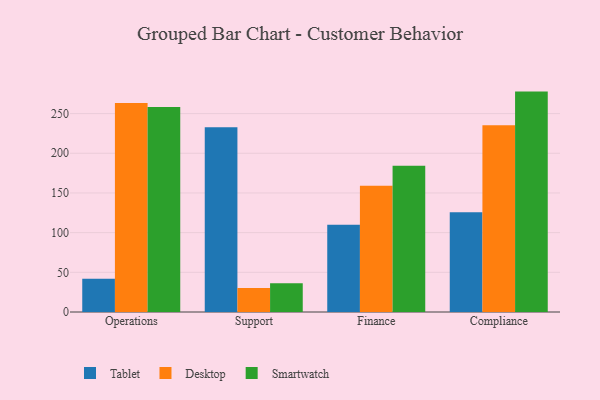
{"axis": {"x": "Department", "y": "Operating Costs (USD K)"}, "legend": ["Desktop", "Smartwatch", "Tablet"], "data": [{"x": "Operations", "y": 41.9, "type": "Tablet"}, {"x": "Operations", "y": 263.3, "type": "Desktop"}, {"x": "Operations", "y": 258.3, "type": "Smartwatch"}, {"x": "Support", "y": 232.9, "type": "Tablet"}, {"x": "Support", "y": 30.3, "type": "Desktop"}, {"x": "Support", "y": 36.3, "type": "Smartwatch"}, {"x": "Finance", "y": 109.9, "type": "Tablet"}, {"x": "Finance", "y": 159.1, "type": "Desktop"}, {"x": "Finance", "y": 184.2, "type": "Smartwatch"}, {"x": "Compliance", "y": 125.8, "type": "Tablet"}, {"x": "Compliance", "y": 235.2, "type": "Desktop"}, {"x": "Compliance", "y": 277.7, "type": "Smartwatch"}]}